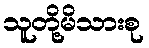
သူတို့မိသားစု